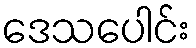
ဒေသပေါင်း